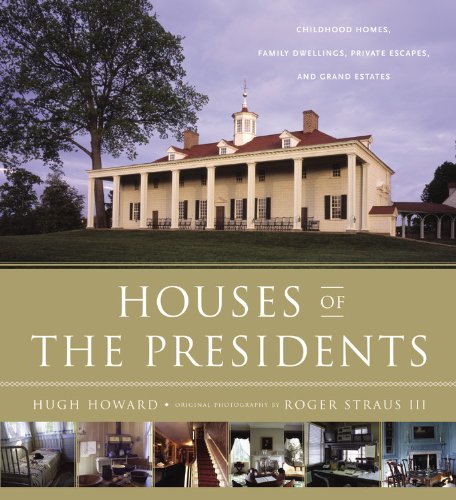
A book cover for Houses of the Presidents: Childhood Homes, Family Dwellings, Private Escapes, and Grand Estates; Hugh Howard; Crafts, Hobbies & Home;